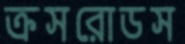
ক্রসরোডস